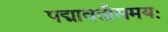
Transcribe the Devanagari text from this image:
पद्मावतीसमयः